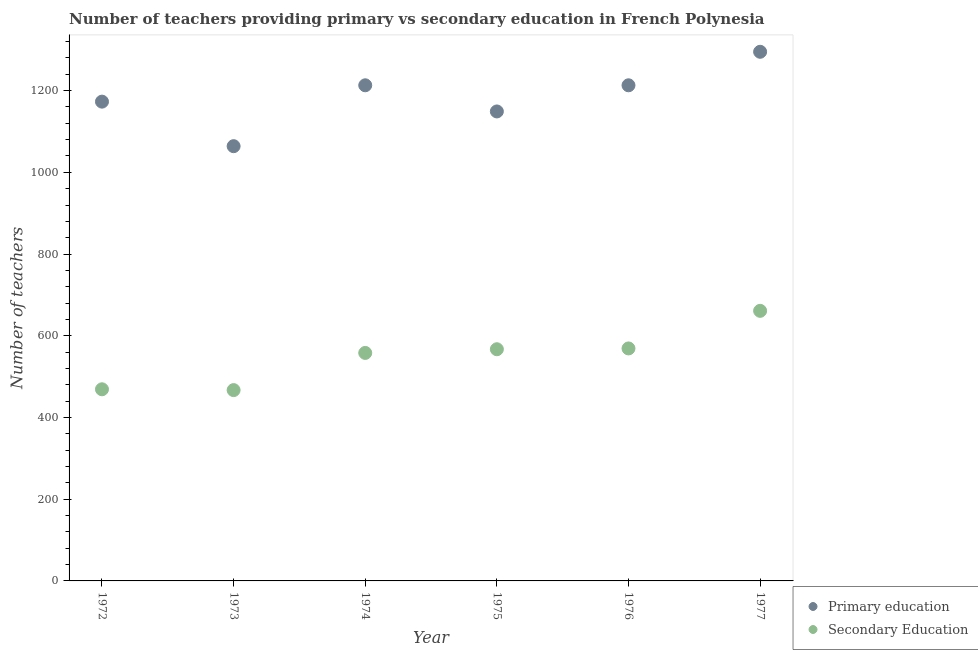
| Year | Primary education | Secondary Education |
 | --- | --- | --- |
 | 1972 | 1.17e+03 | 469 |
 | 1973 | 1.06e+03 | 467 |
 | 1974 | 1.21e+03 | 558 |
 | 1975 | 1.15e+03 | 567 |
 | 1976 | 1.21e+03 | 569 |
 | 1977 | 1.3e+03 | 661 |